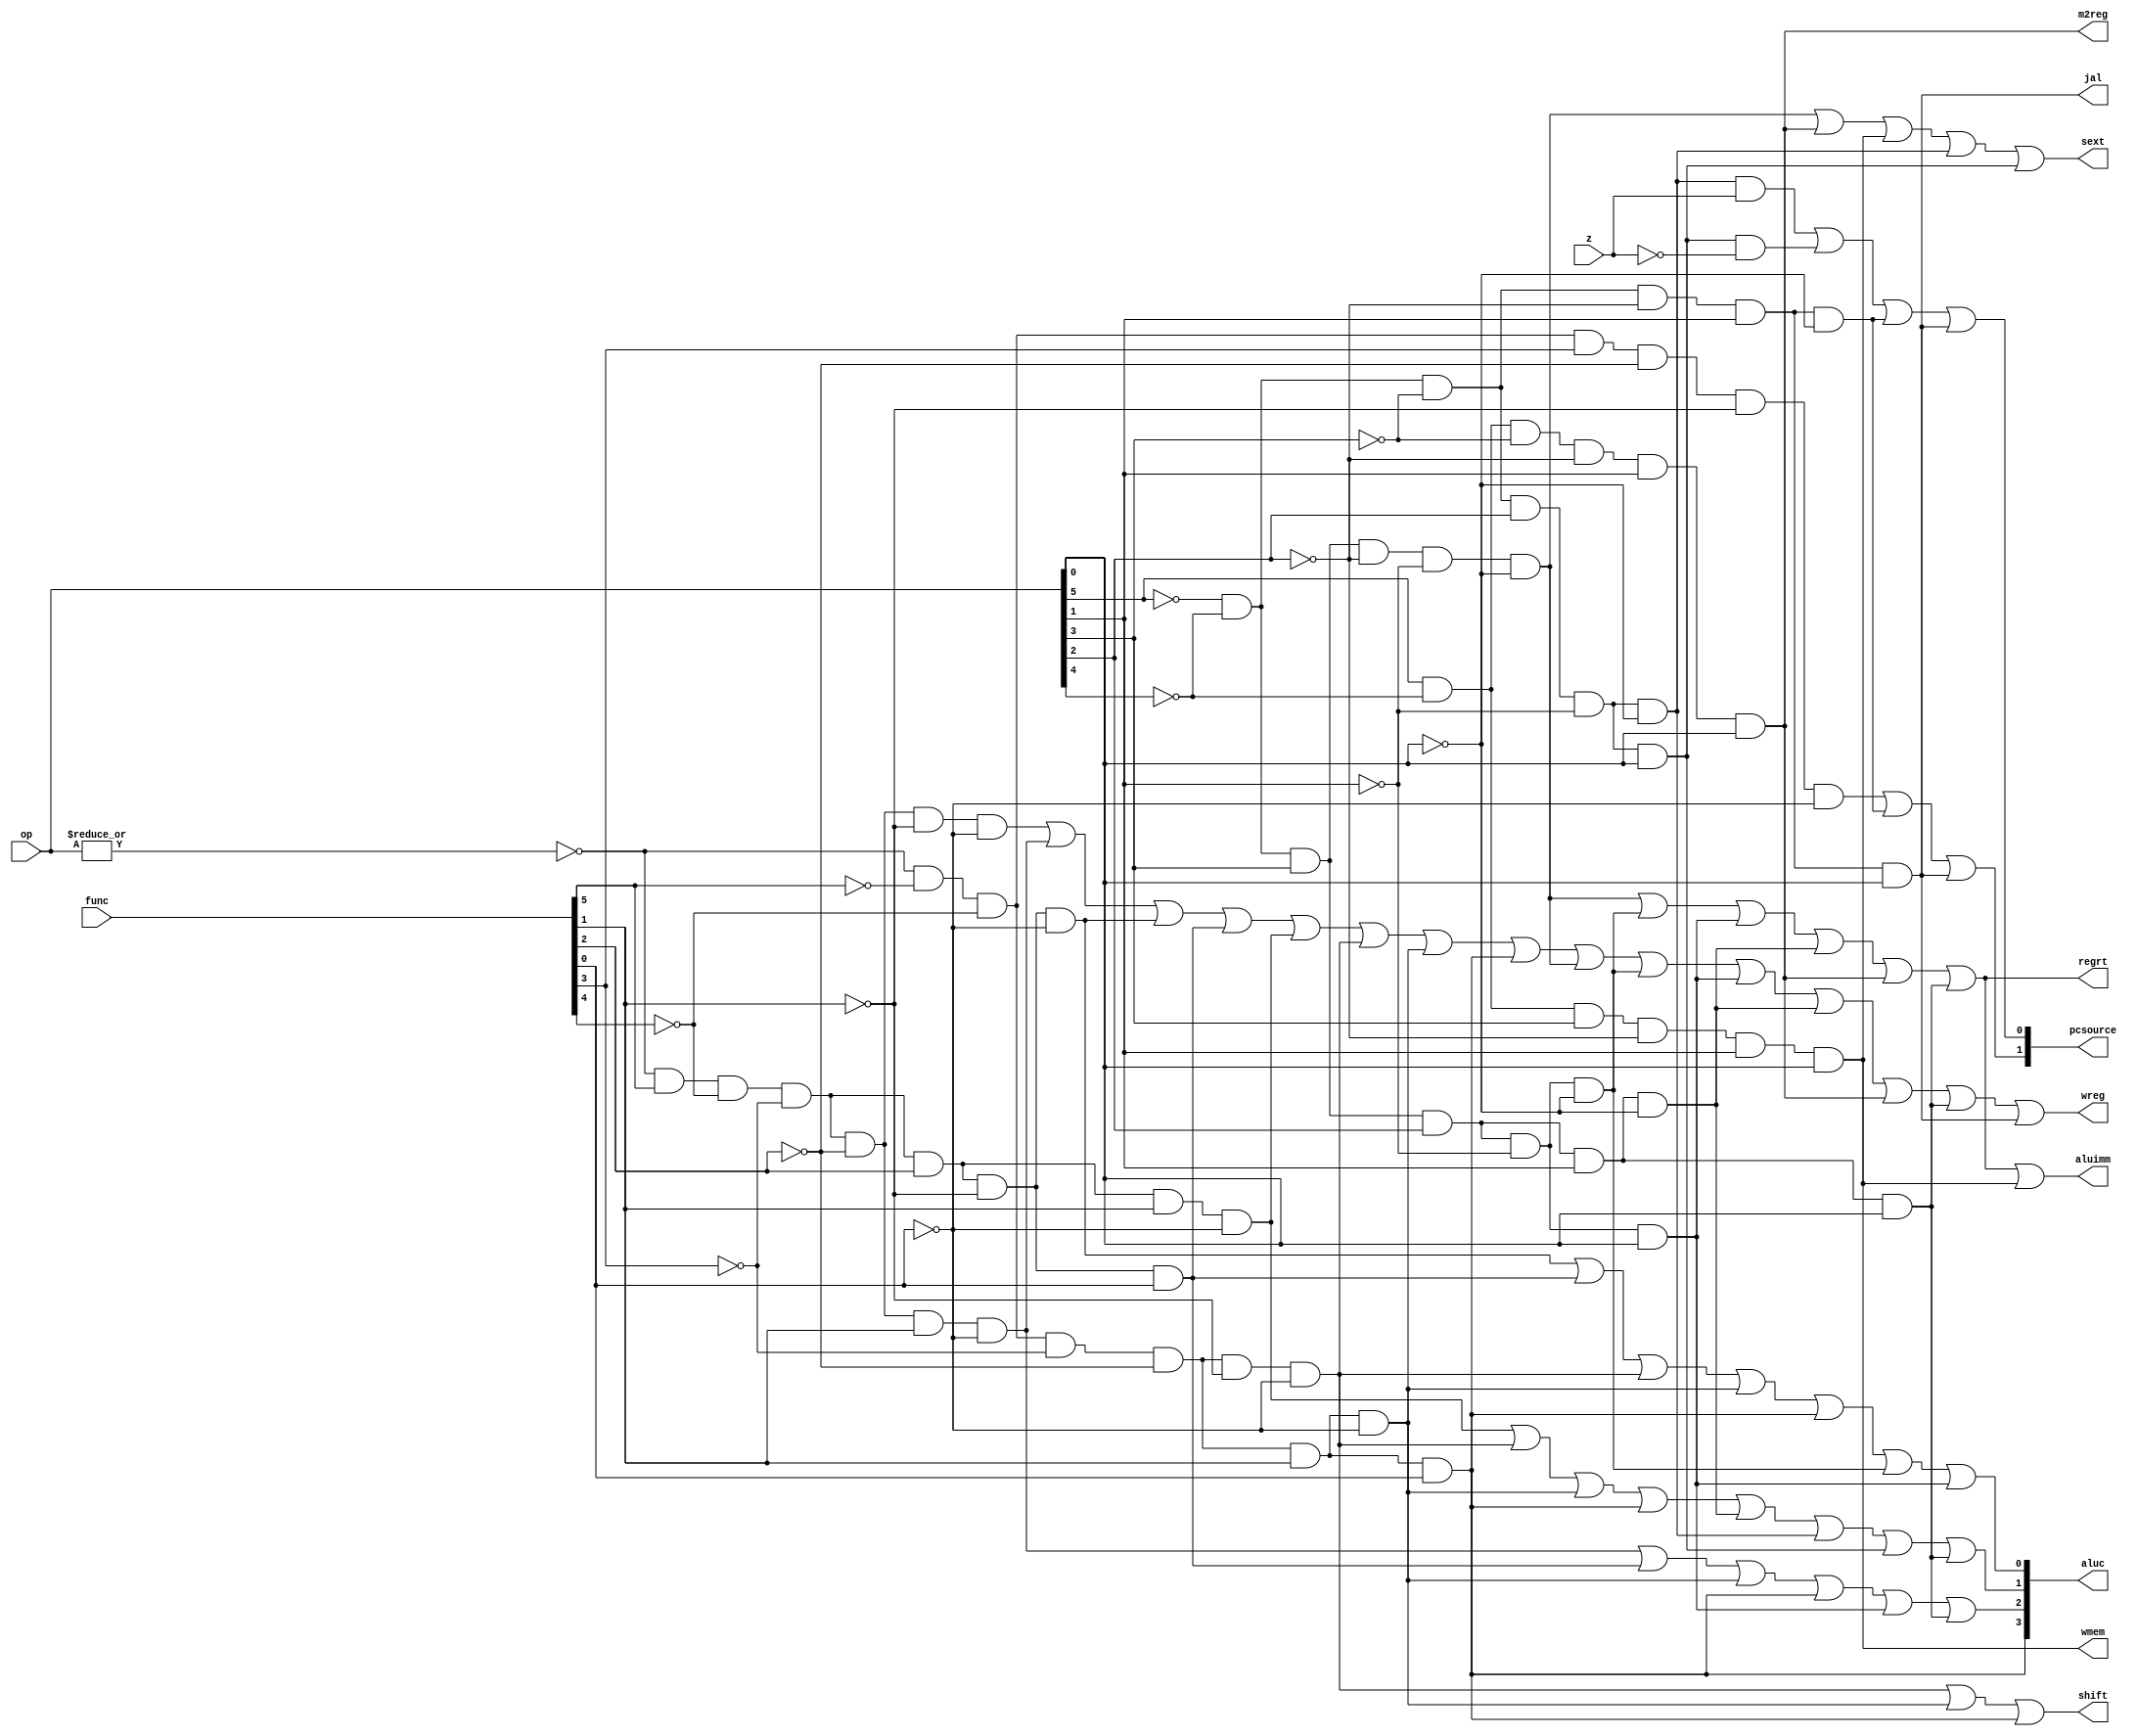
module sc_cu (op, func, z, wmem, wreg, regrt, m2reg, aluc, shift,
              aluimm, pcsource, jal, sext);
   input  [5:0] op,func;
   input        z;
   output       wreg,regrt,jal,m2reg,shift,aluimm,sext,wmem;
   output [3:0] aluc;
   output [1:0] pcsource;
   wire r_type = ~|op;
   wire i_add = r_type & func[5] & ~func[4] & ~func[3] &
                ~func[2] & ~func[1] & ~func[0];          //100000
   wire i_sub = r_type & func[5] & ~func[4] & ~func[3] &
                ~func[2] &  func[1] & ~func[0];          //100010
      
   //  please complete the deleted code.
   
   wire i_and =  r_type & func[5] & ~func[4] & ~func[3] &
                 func[2] & ~func[1] & ~func[0];  
   wire i_or  = r_type & func[5] & ~func[4] & ~func[3] &
                 func[2] & ~func[1] &  func[0];  

   wire i_xor = r_type & func[5] & ~func[4] & ~func[3] &
                 func[2] &  func[1] & ~func[0];  
   wire i_sll = r_type & ~func[5] & ~func[4] & ~func[3] &
                ~func[2] & ~func[1] & ~func[0];  
   wire i_srl = r_type & ~func[5] & ~func[4] & ~func[3] &
                ~func[2] &  func[1] & ~func[0];  
   wire i_sra = r_type & ~func[5] & ~func[4] & ~func[3] &
                ~func[2] &  func[1] &  func[0];  
   wire i_jr  = r_type & ~func[5] & ~func[4] &  func[3] &
                ~func[2] & ~func[1] & ~func[0];  
                
   wire i_addi = ~op[5] & ~op[4] &  op[3] & ~op[2] & ~op[1] & ~op[0]; //001000
   wire i_andi = ~op[5] & ~op[4] &  op[3] &  op[2] & ~op[1] & ~op[0]; //001100
   
   wire i_ori  = ~op[5] & ~op[4] &  op[3] &  op[2] & ~op[1] &  op[0]; //001101      // complete by yourself.
   wire i_xori = ~op[5] & ~op[4] &  op[3] &  op[2] &  op[1] & ~op[0]; //001110
   wire i_lw   =  op[5] & ~op[4] & ~op[3] & ~op[2] &  op[1] &  op[0]; //100011
   wire i_sw   =  op[5] & ~op[4] &  op[3] & ~op[2] &  op[1] &  op[0]; //101011
   wire i_beq  = ~op[5] & ~op[4] & ~op[3] &  op[2] & ~op[1] & ~op[0]; //000100
   wire i_bne  = ~op[5] & ~op[4] & ~op[3] &  op[2] & ~op[1] &  op[0]; //000101
   wire i_lui  = ~op[5] & ~op[4] &  op[3] &  op[2] &  op[1] &  op[0]; //001111
   wire i_j    = ~op[5] & ~op[4] & ~op[3] & ~op[2] &  op[1] & ~op[0]; //000010
   wire i_jal  = ~op[5] & ~op[4] & ~op[3] & ~op[2] &  op[1] &  op[0]; //000011
	
   
	wire i_sllv = r_type & ~func[5] & ~func[4] & ~func[3] & func[2] & ~func[1] & ~func[0];
	wire i_srlv = r_type & ~func[5] & ~func[4] & ~func[3] & func[2] & func[1] & ~func[0];
	wire i_srav = r_type & ~func[5] & ~func[4] & ~func[3] & func[2] & func[1] & func[0];
	wire i_nor = r_type & func[5] & ~func[4] & ~func[3] & func[2] & func[1] & func[0]; 
	wire i_addu = r_type & func[5] & ~func[4] & ~func[3] &
                ~func[2] & ~func[1] & func[0];
	wire i_subu = r_type & func[5] & ~func[4] & ~func[3] &
                ~func[2] & func[1] & func[0];
	wire i_slt = r_type & func[5] & ~func[4] & func[3] &
                ~func[2] & func[1] & ~func[0];
	wire i_sltu = r_type & func[5] & ~func[4] & func[3] &
                ~func[2] & func[1] & func[0];
   wire i_slti = ~op[5] & ~op[4] & op [3] & ~op [2] & op[1] & ~op[0];
	wire i_sltiu = ~op[5] & ~op[4] & op [3] & ~op [2] & op[1] & op[0];
	wire i_clz = ~op[5] & op[4] & op [3] & op [2] & ~op[1] & ~op[0]& func[5] & ~func[4] & ~func[3] &
                ~func[2] & ~func[1] & ~func[0];
	wire i_clo = ~op[5] & op[4] & op [3] & op [2] & ~op[1] & ~op[0]& func[5] & ~func[4] & ~func[3] &
                ~func[2] & ~func[1] & func[0];
	wire i_mul = ~op[5] & op[4] & op[3] & op[2] & ~op[1] & ~op[0] & ~func[5] & ~func[4] & ~func[3] &
                ~func[2] & func[1] & ~func[0];
	wire i_muli = r_type& ~func[5] & func[4] & func[3] &
                ~func[2] & ~func[1] & ~func[0];
	wire i_multu = r_type& ~func[5] & func[4] & func[3] &
                ~func[2] & ~func[1] & func[0];
	wire i_madd = ~op[5] & op[4] & op [3] & op [2] & ~op[1] & ~op[0]& ~func[5] & ~func[4] & ~func[3] &
                ~func[2] & ~func[1] & ~func[0];
	wire i_maddu = ~op[5] & op[4] & op [3] & op [2] & ~op[1] & ~op[0]& ~func[5] & ~func[4] & ~func[3] &
                ~func[2] & ~func[1] & func[0];
	wire i_musb = ~op[5] & op[4] & op [3] & op [2] & ~op[1] & ~op[0]& ~func[5] & ~func[4] & ~func[3] &
                func[2] & ~func[1] & ~func[0];
	wire i_subu = ~op[5] & op[4] & op [3] & op [2] & ~op[1] & ~op[0]& ~func[5] & ~func[4] & ~func[3] &
                func[2] & ~func[1] & func[0];
	wire i_div = r_type &  ~func[5] & func[4] & func[3] &
                ~func[2] & func[1] & ~func[0];
	wire i_divu = r_type & ~func[5] & func[4] & func[3] &
                ~func[2] & func[1] & func[0];
	
	
	
	
	
	
   assign pcsource[1] = i_jr | i_j | i_jal ;
   assign pcsource[0] = ( i_beq & z ) | (i_bne & ~z) | i_j | i_jal ;
   
   assign wreg = i_add | i_sub | i_and | i_or   | i_xor  |
                 i_sll | i_srl | i_sra | i_addi | i_andi |
                 i_ori | i_xori | i_lw | i_lui  | i_jal ;
   
   assign aluc[3] = i_sra ;      // complete by yourself.
   assign aluc[2] = i_sub | i_or | i_srl | i_sra | i_ori | i_lui;
   assign aluc[1] = i_xor | i_sll | i_srl | i_sra | i_xori | i_beq | i_bne | i_lui ;
   assign aluc[0] = i_and | i_or | i_sll | i_srl | i_sra | i_andi | i_ori ;
   assign shift   = i_sll | i_srl | i_sra ;

   assign aluimm  = i_addi | i_andi | i_ori | i_xori | i_lw | i_lui | i_sw ;     // complete by yourself.
   assign sext    = i_addi | i_lw | i_sw | i_beq | i_bne ;
   assign wmem    = i_sw ;
   assign m2reg   = i_lw ;
   assign regrt   = i_addi | i_andi | i_ori | i_xori | i_lw | i_lui ;
   assign jal     = i_jal ;

endmodule